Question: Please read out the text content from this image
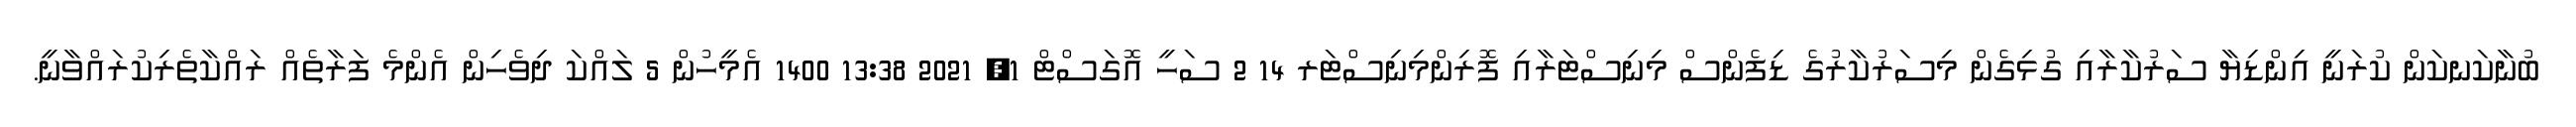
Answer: ބުނާކަނކަން ކުރަނީ އިންޑިޔާ ސަރުކާރާއި ގުޅިގެން މިސަރުކާރުގެ ޑިފެންސް މިނިސްޓަރާއި ފޮރިންމިނިސްޓަރ 14 2 ސަހީ އޮގަސްޓް 1, 2021 13:38 1400 އެމީހުން 5 ލައްކަ ދިވެހިން އެންމެ ފަރާތެއް ރައްކާތެރިކުރައްވާނީ.